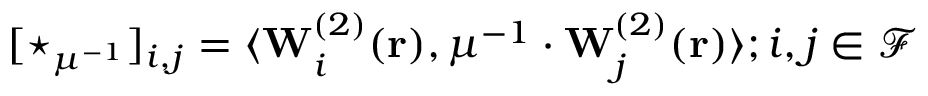
[ \star _ { \mu ^ { - 1 } } ] _ { i , j } = \langle \mathbf { W } _ { i } ^ { ( 2 ) } ( \mathbf { r } ) , \mu ^ { - 1 } \cdot \mathbf { W } _ { j } ^ { ( 2 ) } ( \mathbf { r } ) \rangle ; i , j \in \mathcal { F }